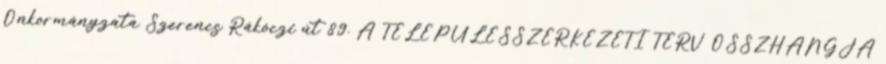
Önkormányzata Szerencs Rákóczi út 89. A TELEPÜLÉSSZERKEZETI TERV ÖSSZHANGJA